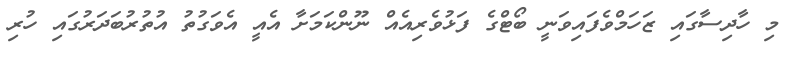
މި ހާދިސާގައި ޒަހަމްވެފައިވަނީ ބޯޓްގެ ފަޅުވެރިއެއް ނޫންކަމަށާ އެއީ އެވަގުތު އުތުރުބަދަރުގައި ހުރި